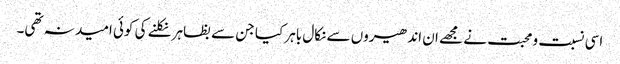
اسی نسبت و محبت نے مجھے ان اندھیروں سے نکال باہر کیا جن سے بظاہر نکلنے کی کوئی امید نہ تھی۔